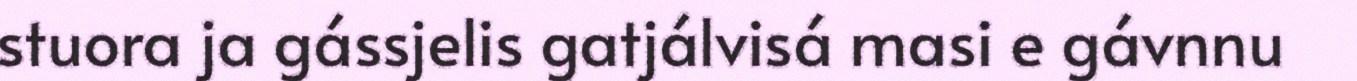
stuora ja gássjelis gatjálvisá masi e gávnnu